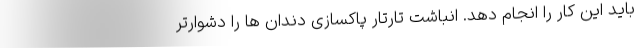
باید این کار را انجام دهد. انباشت تارتار پاکسازی دندان ها را دشوارتر